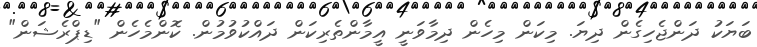
ބަޔަކު ދަންޖެހިގެން ދިޔަ. މިކަން މިހެން ދިމާވަނީ އީމާންތެރިކަން ދައްކުވުމުން. ކޮންމެހެން "ޑިޕްރެޝަން"